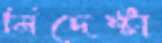
নিদেষ্টা